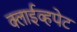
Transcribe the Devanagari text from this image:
क्लाईव्हपेट